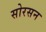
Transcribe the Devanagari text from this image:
सोरसन